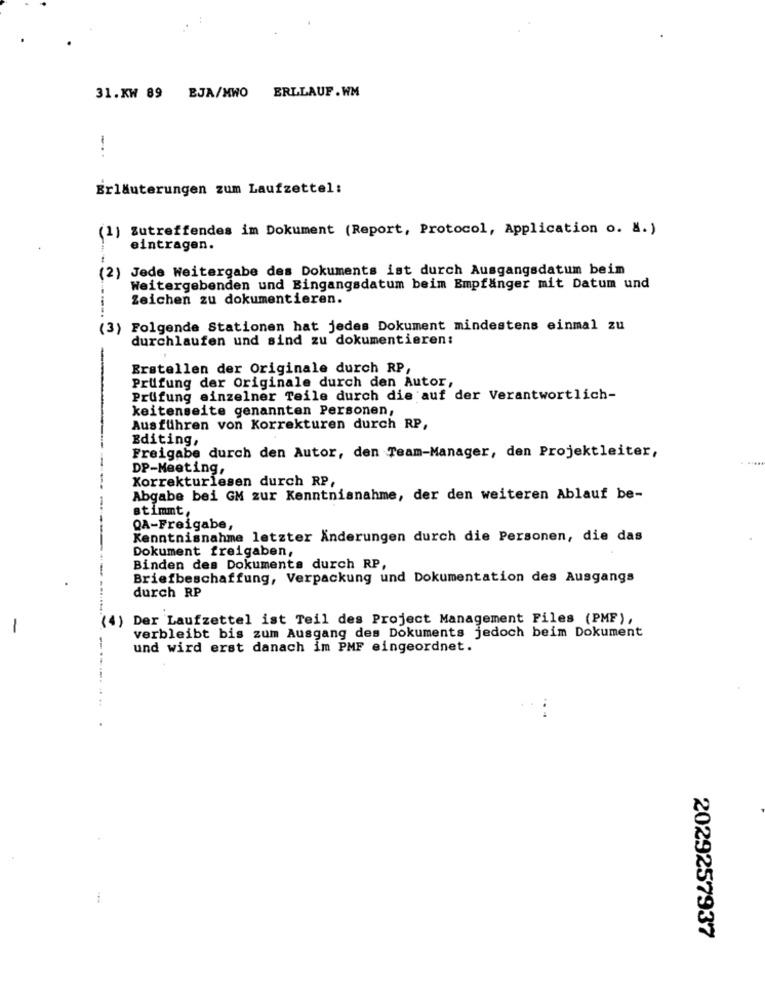
31.KW 89 EJA/MWO ERLLAUF.WM
Erläuterungen zum Laufzettel:
(1) Zutreffendes im Dokument (Report, Protocol, Application o. M.)
eintragen.
(2) Jede Weitergabe des Dokuments ist durch Ausgangsdatum beim
Weitergebenden und Bingangsdatum beim Empfänger mit Datum und
Zeichen zu dokumentieren.
(3) Folgende Stationen hat jedes Dokument mindestens einmal zu
durchlaufen und sind zu dokumentieren:
Erstellen der Originale durch RP,
Prüfung der Originale durch den Autor,
Prüfung einzelner Teile durch die auf der Verantwortlich-
keitenseite genannten Personen,
Ausführen von Korrekturen durch RP,
Editing,
Freigabe durch den Autor, den Team-Manager, den Projektleiter,
DP-Meeting,
Korrekturlesen durch RP,
Abgabe bei GM zur Kenntnisnahme, der den weiteren Ablauf be-
stimmt,
QA-Freigabe,
Kenntnisnahme letzter Änderungen durch die Personen, die das
Dokument freigaben,
Binden des Dokuments durch RP,
Briefbeschaffung, Verpackung und Dokumentation des Ausgangs
durch RP
(4) Der Laufzettel ist Teil des Project Management Files (PMF),
-
verbleibt bis zum Ausgang des Dokuments jedoch beim Dokument
und wird erst danach im PMF eingeordnet.
------
2029257937